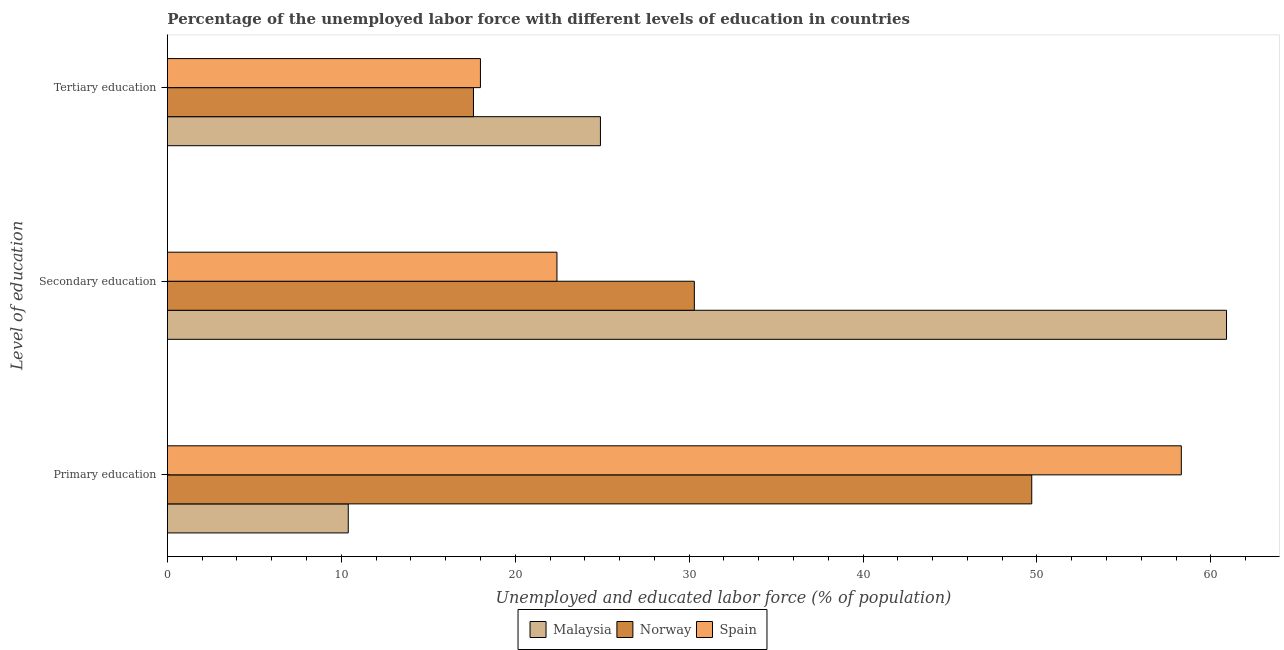
| Level of education | Malaysia | Norway | Spain |
 | --- | --- | --- | --- |
 | Primary education | 10.4 | 49.7 | 58.3 |
 | Secondary education | 60.9 | 30.3 | 22.4 |
 | Tertiary education | 24.9 | 17.6 | 18 |